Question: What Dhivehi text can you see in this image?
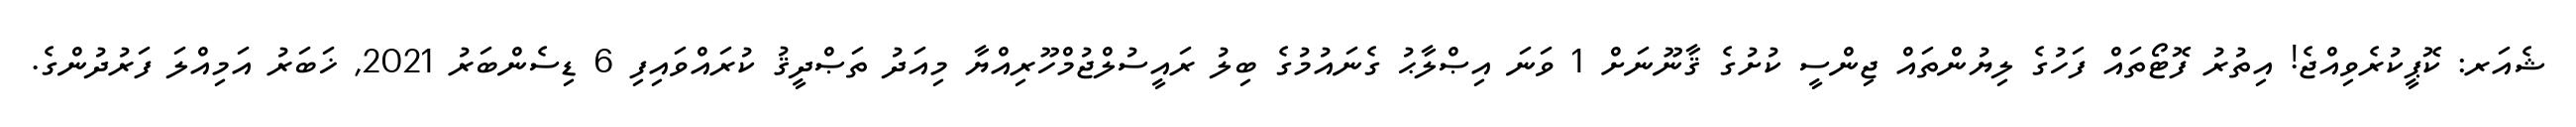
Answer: ޝެއަރ: ކޮޕީކުރެވިއްޖެ! އިތުރު ފޮޓޯތައް ފަހުގެ ލިޔުންތައް ޖިންސީ ކުށުގެ ޤާނޫނަށް 1 ވަނަ އިޞްލާޙު ގެނައުމުގެ ބިލު ރައީސުލްޖުމްހޫރިއްޔާ މިއަދު ތަޞްދީޤު ކުރައްވައިފި 6 ޑިސެންބަރު 2021, ޚަބަރު އަމިއްލަ ފަރުދުންގެ.